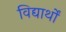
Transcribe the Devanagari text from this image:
विद्यार्थों